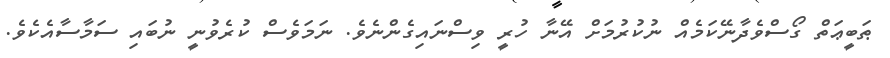
ޠަބީޢަތް ގޯސްވެދާނޭކަމެއް ނުކުރުމަށް އޭނާ ހުރީ ވިސްނައިގެންނެވެ. ނަމަވެސް ކުރެވުނީ ނުބައި ސަމާސާއެކެވެ.